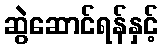
ဆွဲဆောင်ရန်နှင့်